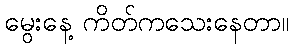
မွေးနေ့ ကိတ်ကသေးနေတာ။